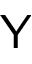
{ \mathsf Y }